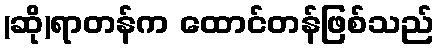
(ဆို)ရာတန်က ထောင်တန်ဖြစ်သည်